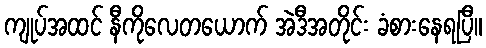
ကျုပ်အထင် နီကိုလေတယောက် အဲဒီအတိုင်း ခံစားနေရပြီ။